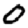
Digit: 0